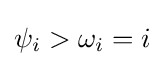
\psi _{i}>\omega _{i}=i